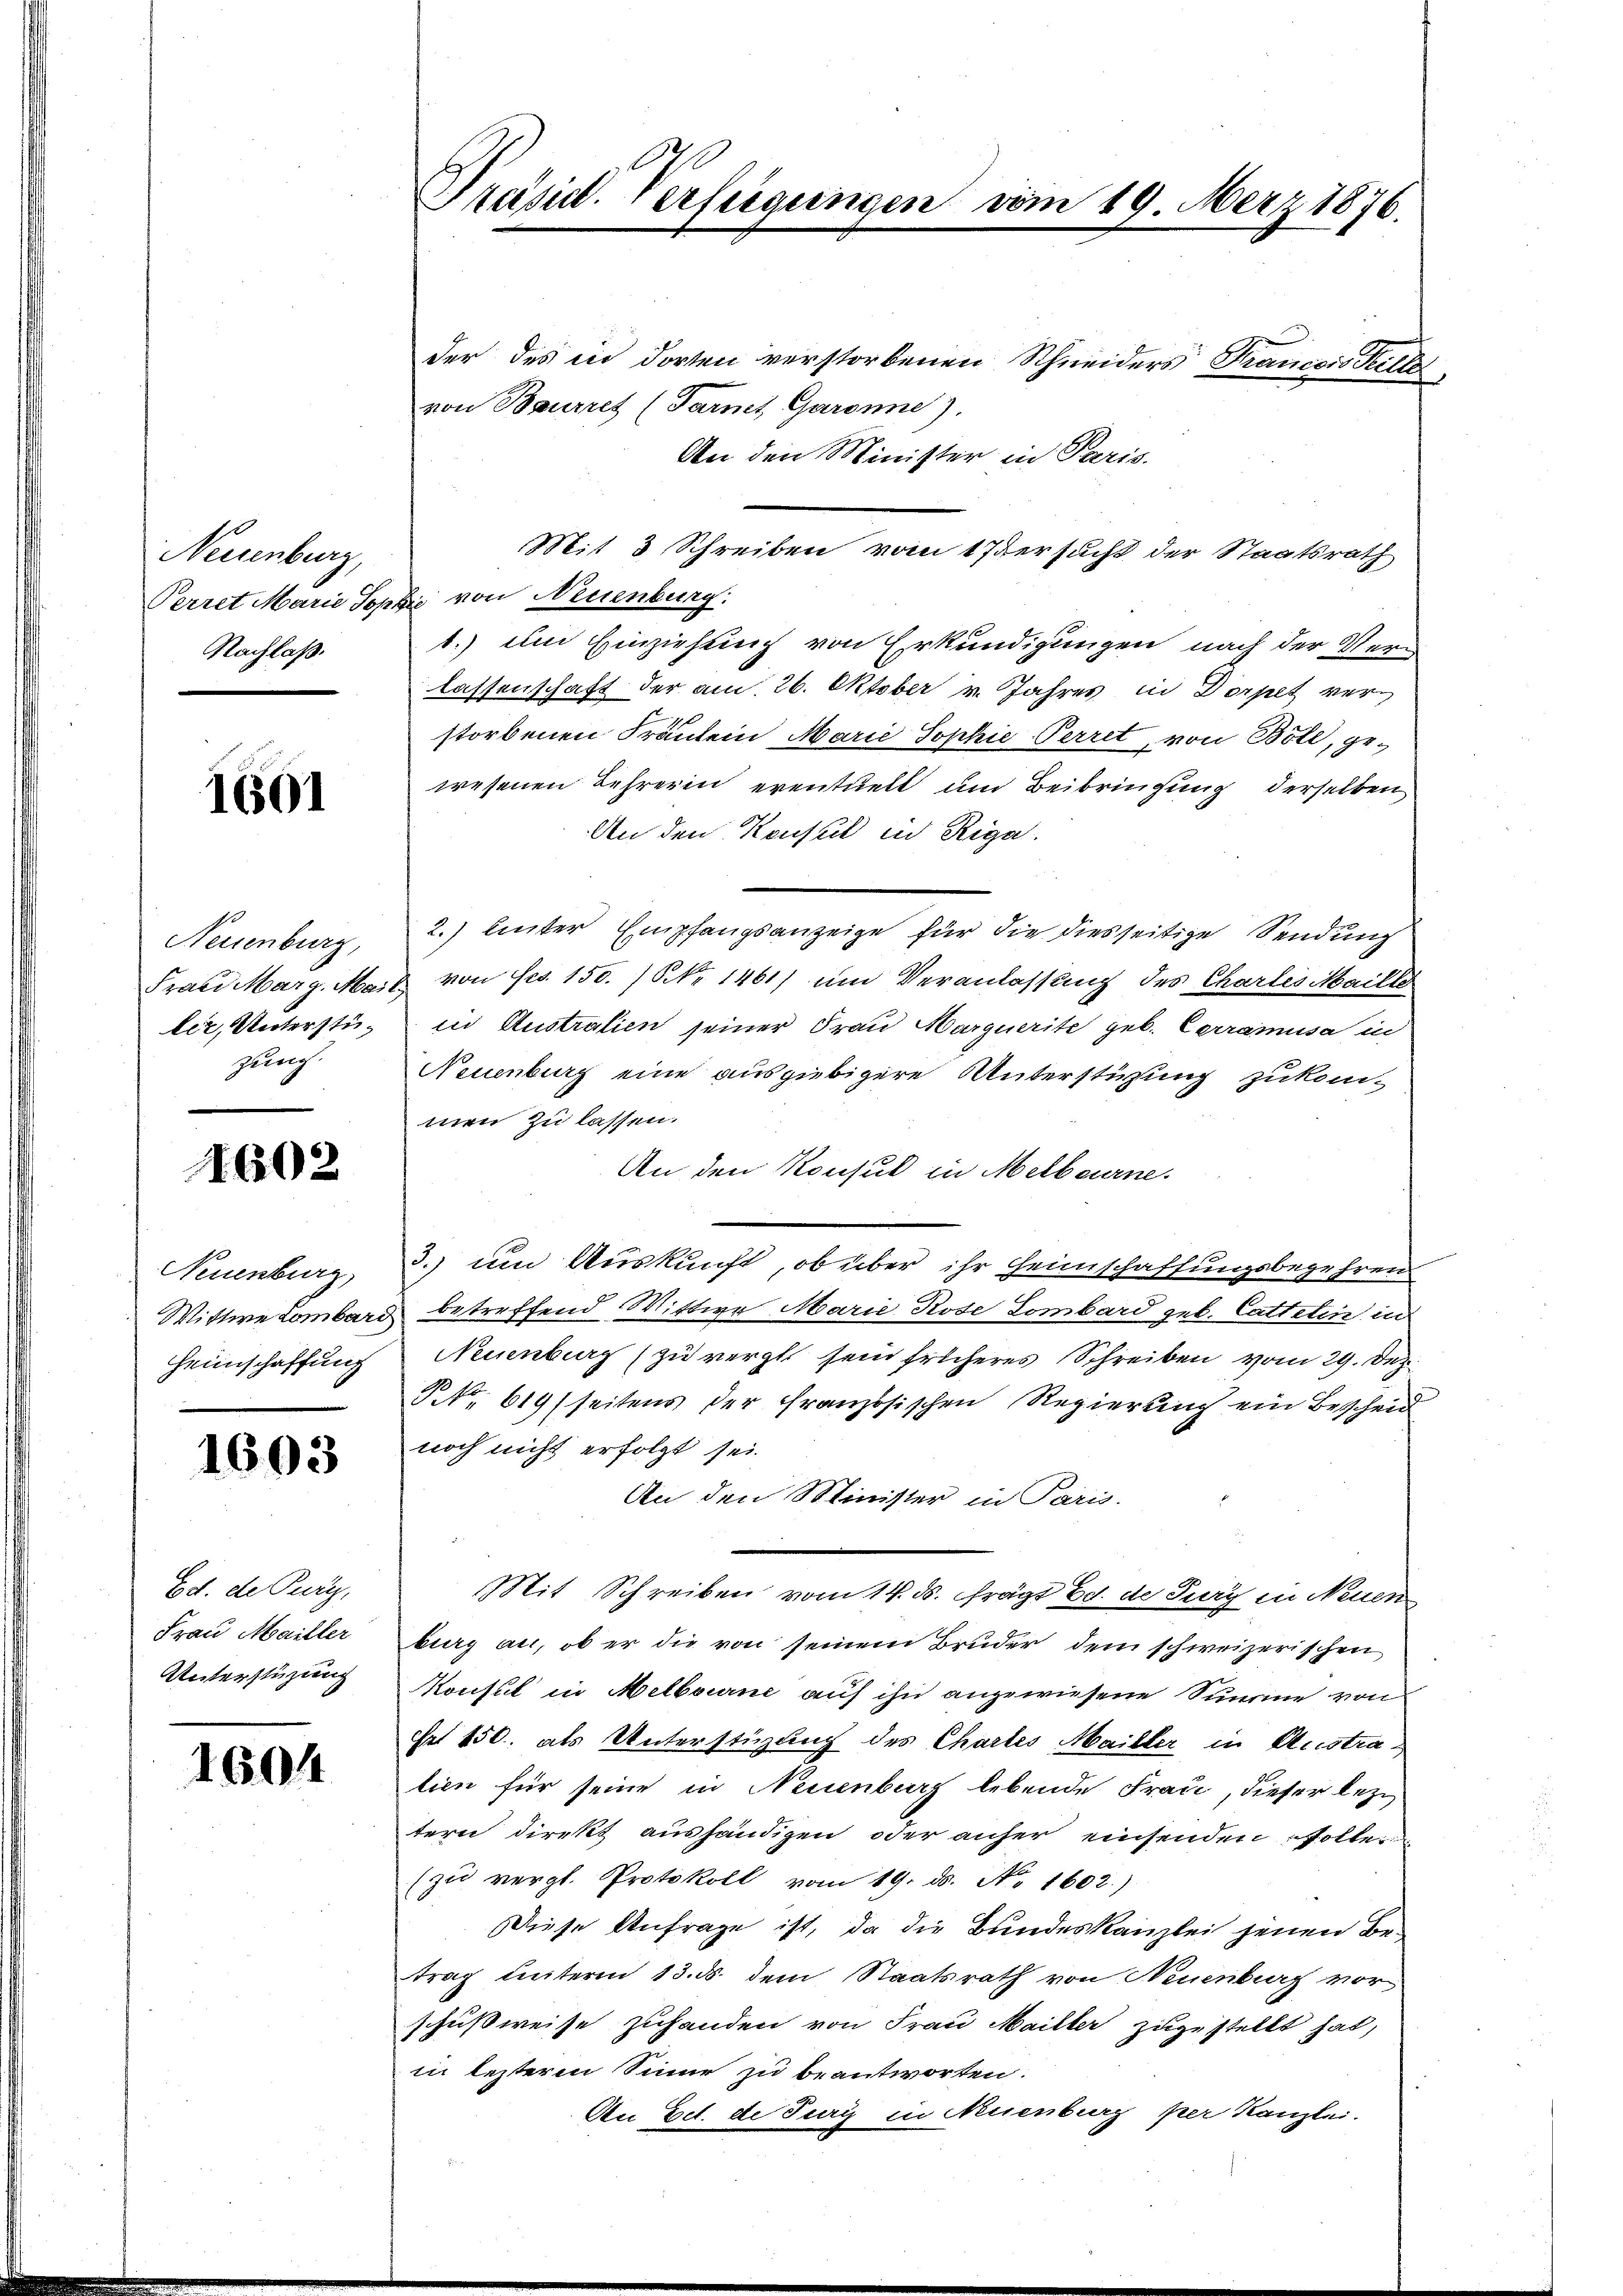
Neuenburg,
Nachlaß.

1601

Neuenburg,
Fraei Marg. Mai
ler, Unterstügung.

1602

Neuenburg
Wittwe Lombard
Heimschaffung

1603

Ed. de Pury,
Frau Mailler
Unterstüzung

1604

Präsid. Verfügungen vom 19. März 1876.

der des in dorten verstorbenen Schneiders Francois Tells
von Baurret (Tarnet Garanne).
An den Minister in Paris.
Mit 3 Schreiben vom 17 ersucht der Staatsrath
Perret Marie Sophie von Neuenburg:
1.) Im Einziehung von Erkundigungen nach der Verlassenschaft der am 26. Oktober v. Jahres in Dorpet verstorbenen Fräulein Marie Sophie Perret, von Böll, ge-
wesenen Lehrerin eventuell und Beibringung derselben
An den Konsul in Riga
2.) Einter Empfangsanzeige für die diesseitige Sendung
 von Frs. 150. / Nr 1461) um Veranlassung des Chartes Maille
in Australien seiner Frau Marquerite geb. Carramusa in
Neuenburg eine ausgiebigere Unterstüzung zukommen zu lassen.
An den Konsul in Melbourne.
3.) um Auskunft, ob über ihr Heimschaffungsbegehren
betreffend Wittwe Marie Rose Lombard geb. Catteten in
Neuenburg (zu vergl. sein solcheres Schreiben vom 29. Dez.
P. Nr. 619 seitens der Französischen Regierung ein Bescheid
noch nicht erfolgt sei.
An den Minister in Paris.
Mit Schreiben vom 14. ds. frägt Ed. de Tury in Neuen
burg an, ob er die von seinem Bruder dem schweizerischen
Konsul in Melbourne auf ihn angewiesene Summe von
Frt 450. als Unterstüzung des Chartes Mailler in Austratien für seine in Neuenburg lebende Frau, dieser leztern direkt aushändigen oder anher einsenden solle
(zu vergl. Protokoll vom 19. ds. No. 1602.)
Diese Anfrage ist, da die Bundeskanzlei jenen Be-
trag unterm 13. ds. dem Staatsrath von Neuenburg vor
schußweise zuhanden von Frau Mailler zuzustellt hat,
in lezterm Sinne zu beantworten.
An Edt. de Tury in Neuenburg per Kanzlei.